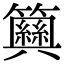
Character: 𥷞